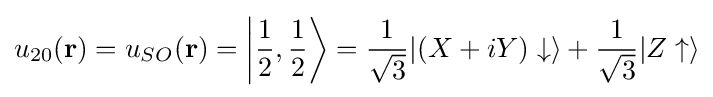
u_{20}(\mathbf {r} )=u_{SO}(\mathbf {r} )=\left|{\frac {1}{2}},{\frac {1}{2}}\right\rangle ={\frac {1}{\sqrt {3}}}|(X+iY)\downarrow \rangle +{\frac {1}{\sqrt {3}}}|Z\uparrow \rangle